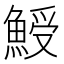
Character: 𩸣